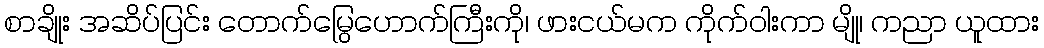
စာချိုး အဆိပ်ပြင်း တောက်မြွေဟောက်ကြီးကို၊ ဖားငယ်မက ကိုက်ဝါးကာ မျို၊ ကညာ ယူထား